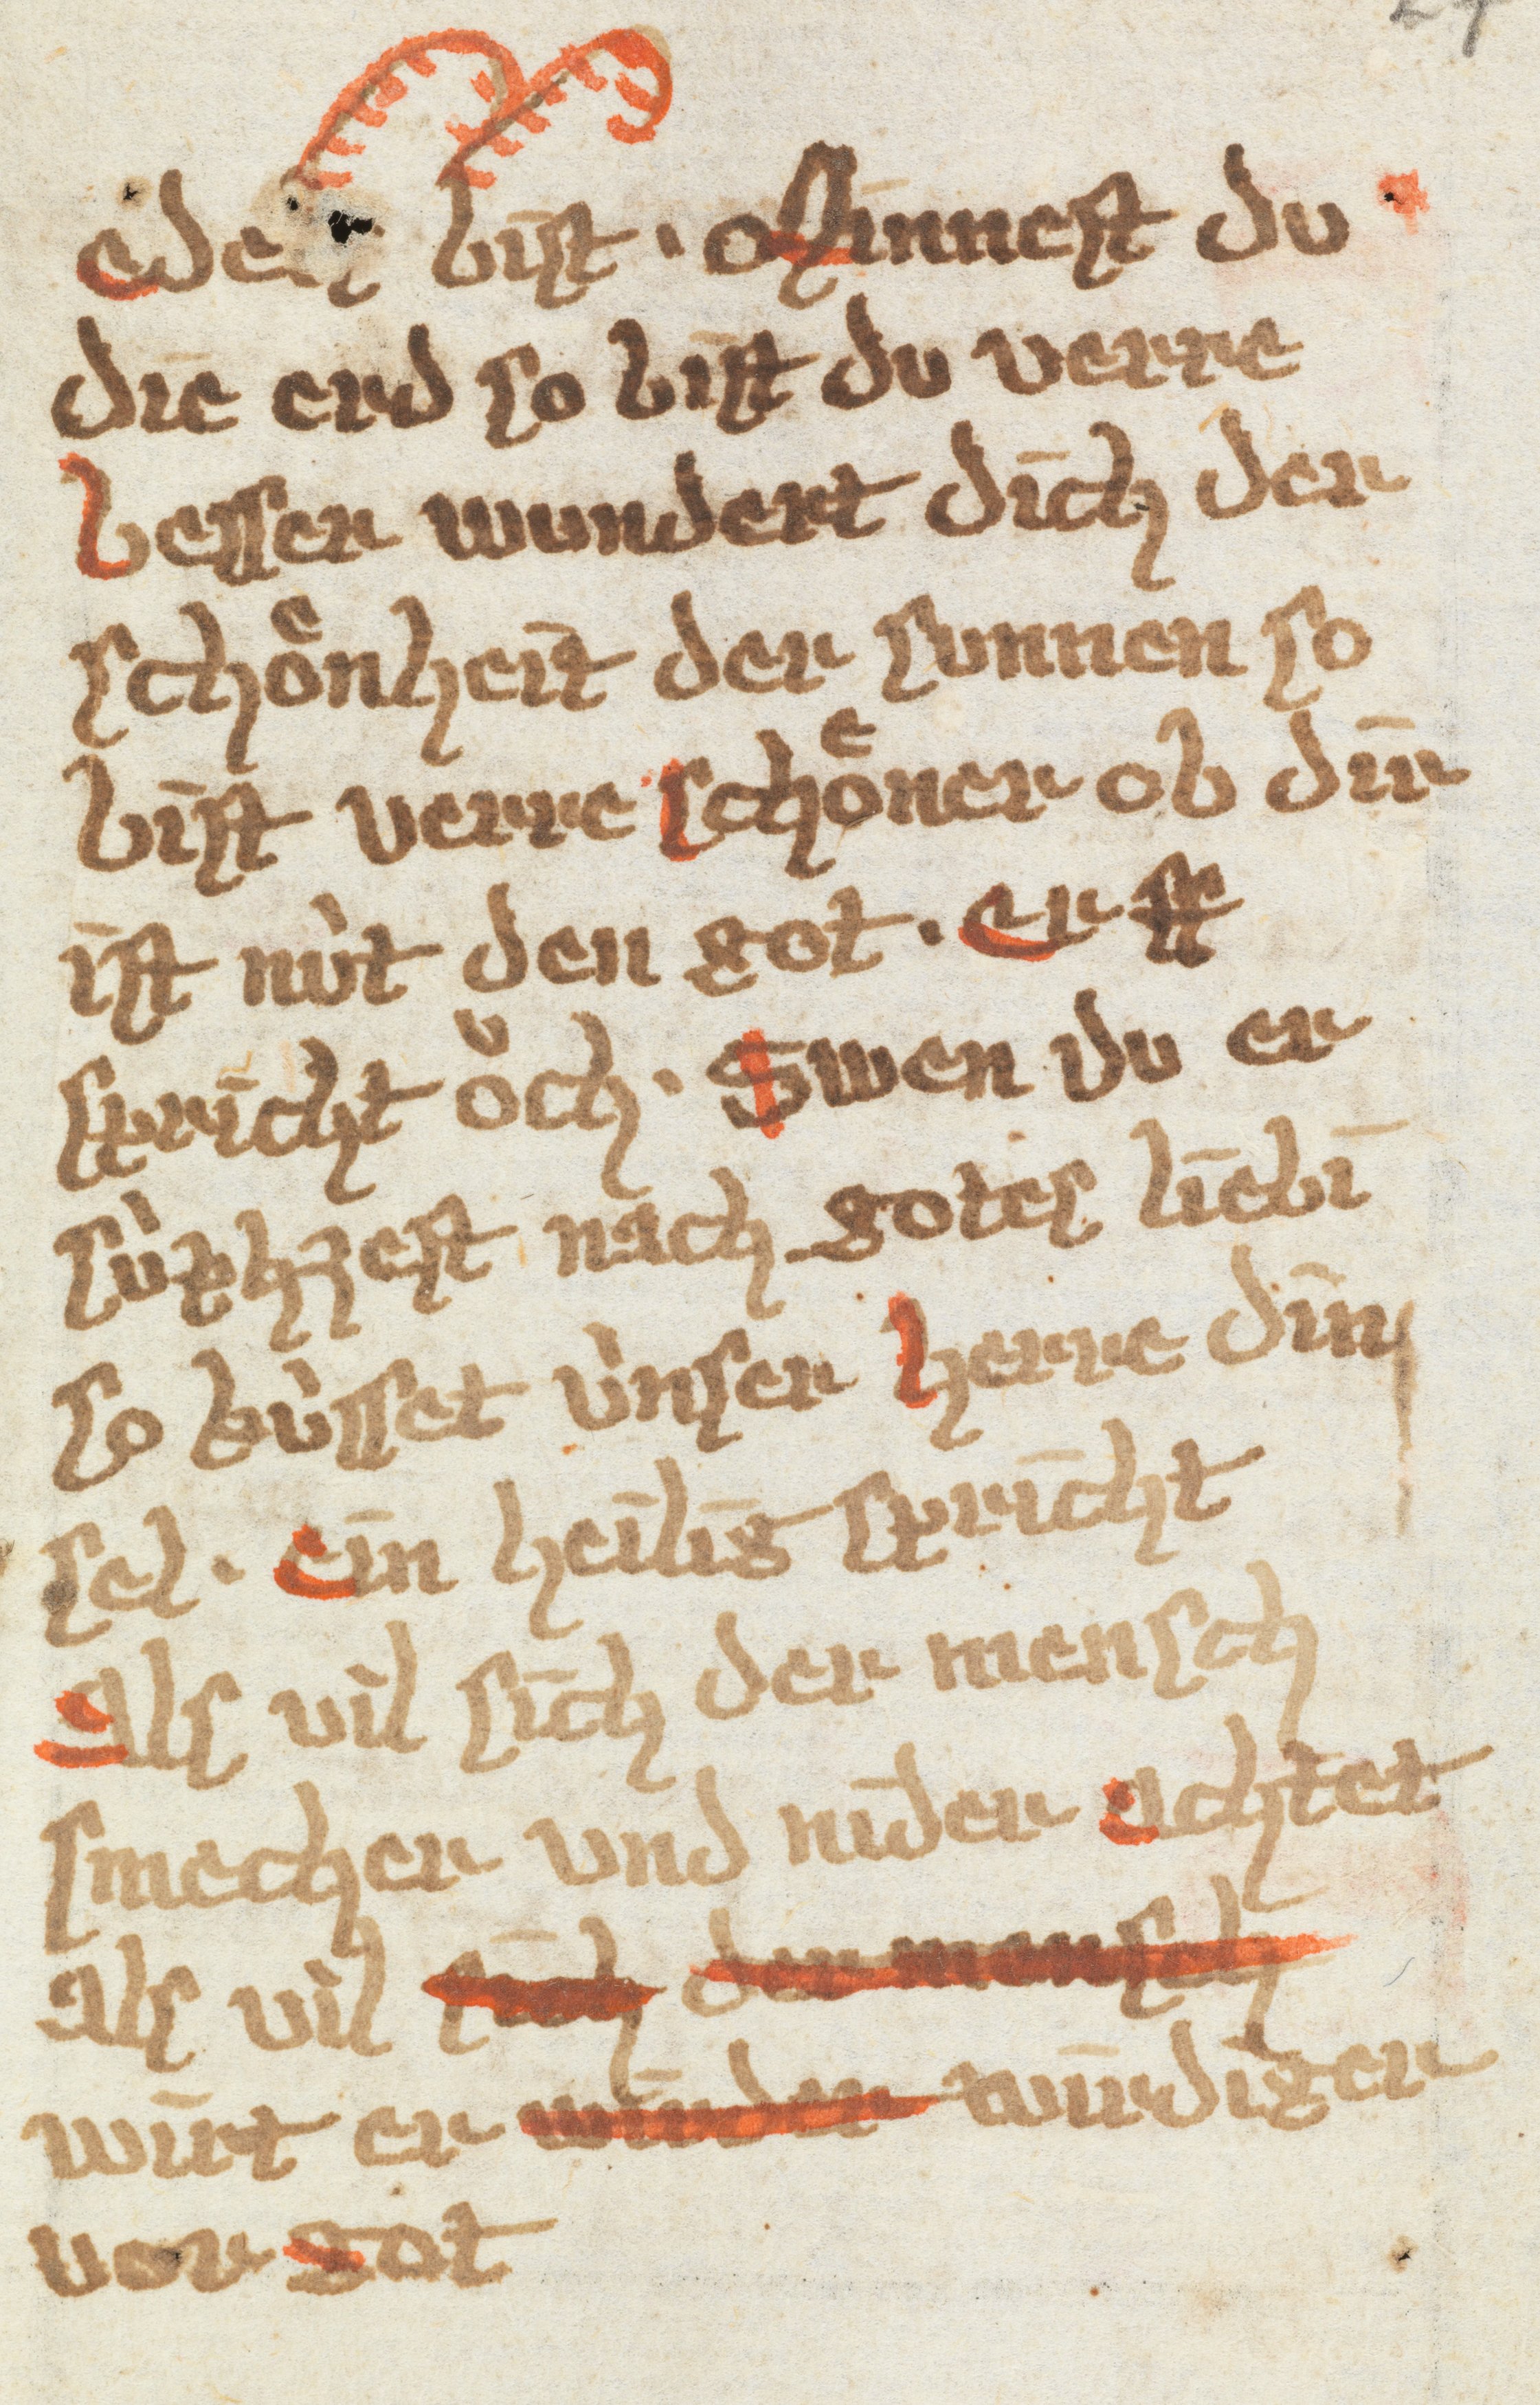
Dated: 1385–1415